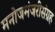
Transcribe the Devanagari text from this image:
मनोजमंजरीसंग्रह